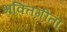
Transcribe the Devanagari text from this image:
भक्तिगीता